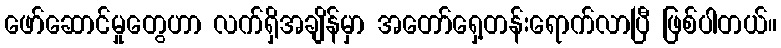
ဖော်ဆောင်မှုတွေဟာ လက်ရှိအချိန်မှာ အတော်ရှေ့တန်းရောက်လာပြီ ဖြစ်ပါတယ်။